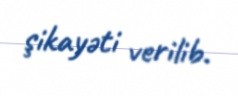
şikayəti verilib.